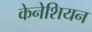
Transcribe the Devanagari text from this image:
केनेशियन